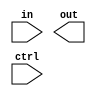
module inv_with_delay(in , out , ctrl);

input in , ctrl;

output out;



notif1 #(60, 80 , 40) u1(in , ctrl , out);

endmodule